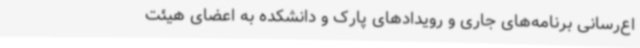
اع‌رسانی برنامه‌های جاری و رویدادهای پارک و دانشکده به اعضای هیئت